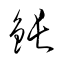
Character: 鋹